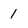
Character: 1